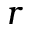
r